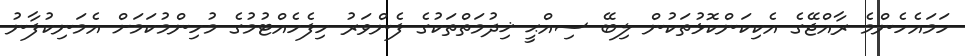
ހަމައެހެންމެ ރާއްޖޭގެ އެކިކަންކޮޅުތަކުން ލިބޭ ސިއްޙީ ޚިދުމަތްތަކުގެ ފެންވަރު ހިފެހެއްޓުމުގެ މުހިންމުކަމަށް އެމަނިކުފާނު